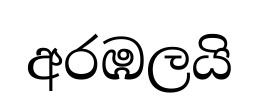
අරඹලයි